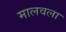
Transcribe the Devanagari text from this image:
मालवला